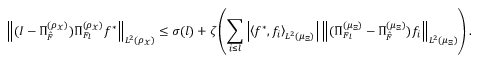
\left\| ( I - \Pi _ { \hat { \cal F } } ^ { ( \rho _ { \mathcal { X } } ) } ) \Pi _ { { \cal F } _ { l } } ^ { ( \rho _ { \mathcal { X } } ) } f ^ { * } \right\| _ { L ^ { 2 } ( \rho _ { \mathcal { X } } ) } \leq \sigma ( l ) + \zeta \left( \sum _ { i \leq l } \left| \left\langle f ^ { * } , f _ { i } \right\rangle _ { L ^ { 2 } ( \mu _ { \Xi } ) } \right| \left\| ( \Pi _ { { \cal F } _ { l } } ^ { ( \mu _ { \Xi } ) } - \Pi _ { \hat { \cal F } } ^ { ( \mu _ { \Xi } ) } ) f _ { i } \right\| _ { L ^ { 2 } ( \mu _ { \Xi } ) } \right) .